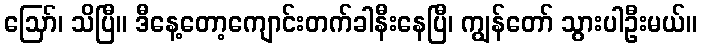
ဪ၊ သိပြီ။ ဒီနေ့တော့ကျောင်းတက်ခါနီးနေပြီ၊ ကျွန်တော် သွားပါဦးမယ်။